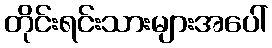
တိုင်းရင်းသားများအပေါ်